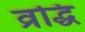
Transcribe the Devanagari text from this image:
व्रद्धि